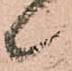
候